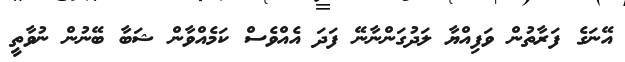
އޭނަގެ ފަރާތުން ވަފިއްޔާ ލަދުގަންނާނޭ ފަދަ އެއްވެސް ކަމެއްވާން ޝަބާ ބޭނުން ނުވާތީ